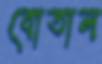
বোতাল